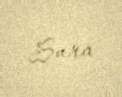
Sura